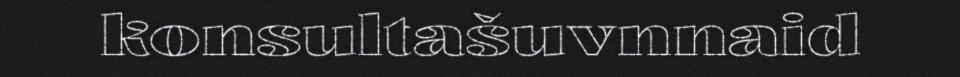
konsultašuvnnaid